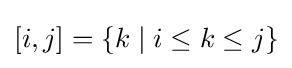
[i,j]=\{k\mid i\leq k\leq j\}